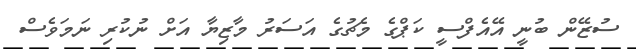
ސުޒޭން ބުނީ އޭއެފްސީ ކަޕްގެ މެޗުގެ އަސަރު މާޒިޔާ އަށް ނުކުރި ނަމަވެސް